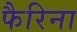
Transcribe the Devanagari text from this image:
फैरिना